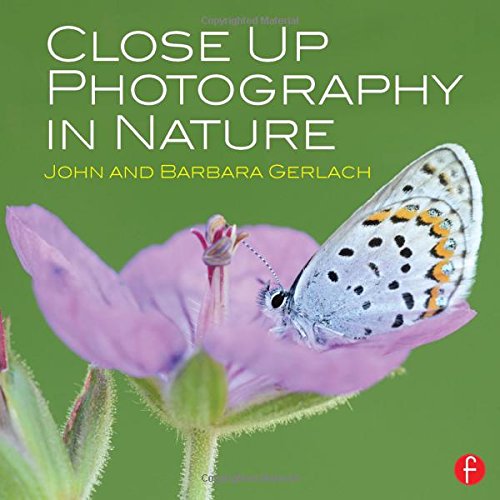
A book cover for Close Up Photography in Nature; John and Barbara Gerlach; Arts & Photography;